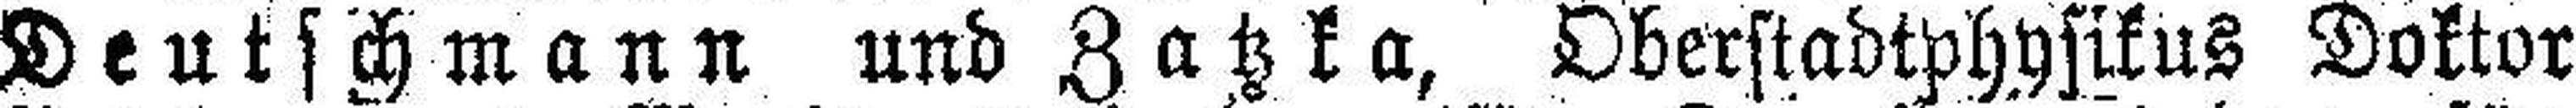
Deutschmann und Zatzka, Oberstadtphysikus Doktor